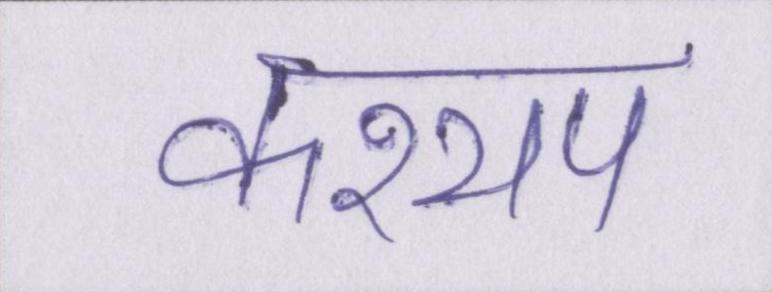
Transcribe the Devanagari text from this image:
कश्यप